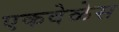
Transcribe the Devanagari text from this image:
एकवेळेस